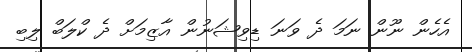
އެހެން ނޫން ނަމަ ދެ ވަނަ ޑިވިޝަނުން އާޒިމަށް ދެ ކްލަބް ލިބި